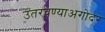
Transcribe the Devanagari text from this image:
उतरवण्याअगोदर